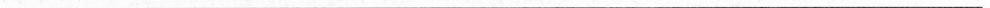
___